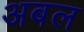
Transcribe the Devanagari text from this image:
अबल